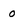
Character: 0